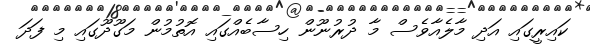
ކައިރީގައި އަދި މާލެއާވެސް މާ ދުރުނޫން ހިސާބެއްގައި އޮތުމުން މަގޫދޫގައި މި ފަދަ